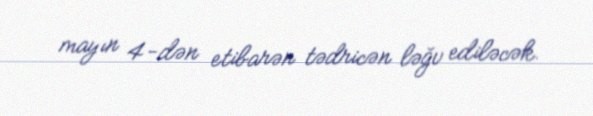
mayın 4-dən etibarən tədricən ləğv ediləcək.